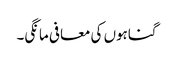
گناہوں کی معافی مانگی۔